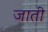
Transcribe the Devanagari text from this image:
जाती